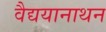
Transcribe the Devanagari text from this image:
वैद्ययानाथन